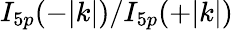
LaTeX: I_{5p}(-|k|)/I_{5p}(+|k|)